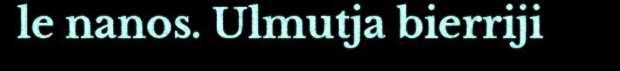
le nanos. Ulmutja bierriji